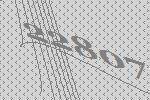
22807